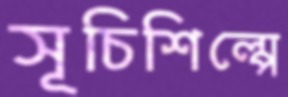
সূচিশিল্পে